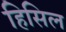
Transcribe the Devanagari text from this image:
हिसिल